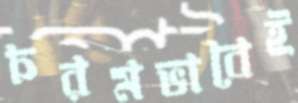
চরমভাবেই